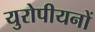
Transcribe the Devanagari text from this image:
युरोपीयनों